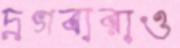
দ্রগবারাও